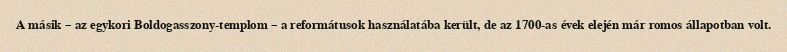
A másik – az egykori Boldogasszony-templom – a reformátusok használatába került, de az 1700-as évek elején már romos állapotban volt.